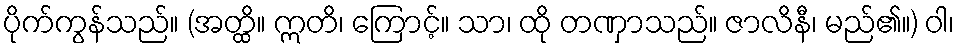
ပိုက်ကွန်သည်။ (အတ္ထိ။ ဣတိ၊ ကြောင့်။ သာ၊ ထို တဏှာသည်။ ဇာလိနီ၊ မည်၏။) ဝါ၊